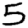
Digit: 5